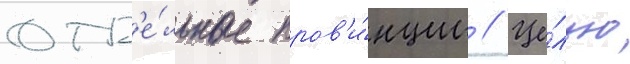
отд'е́льные пров'и́нции // Це́лью